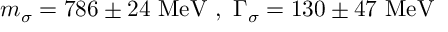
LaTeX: m _ { \sigma } = 7 8 6 \pm 2 4 \ \mathrm { M e V } \ , \ \Gamma _ { \sigma } = 1 3 0 \pm 4 7 \ \mathrm { M e V }